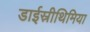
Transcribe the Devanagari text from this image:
डाईस्रीथिमिया